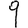
Digit: 9